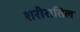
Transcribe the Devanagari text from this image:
शरीरातिल्